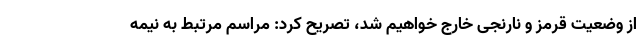
از وضعیت قرمز و نارنجی خارج خواهیم شد، تصریح کرد: مراسم مرتبط به نیمه